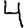
Digit: 4